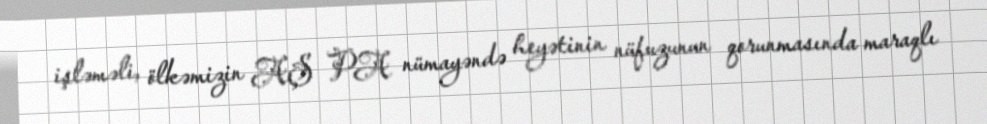
işləməli, ölkəmizin AŞ PA nümayəndə heyətinin nüfuzunun qorunmasında maraqlı